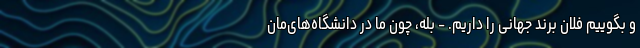
و بگوییم فلان برند جهانی را داریم. - بله، چون ما در دانشگاه‌های‌مان